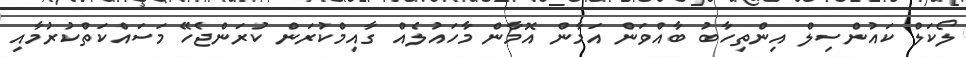
ލޯކަލް ކައުންސިލް އިންތިހާބު ބާއްވަން އަމާން އޮމާން މާހައުލެއް ގާއިމްކުރަން ކުރަންޖެހޭ މަސައްކަތްކުރުމާއި